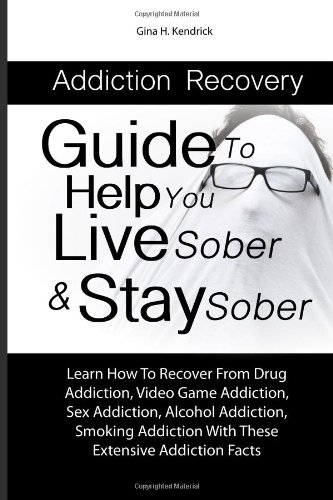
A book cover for Addiction Recovery Guide To Help You Live Sober & Stay Sober: Learn How To Recover From Drug Addiction, Video Game Addiction, Sex Addiction, Alcohol ... With These Extensive Addiction Facts; Gina H. Kendrick; Health, Fitness & Dieting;